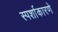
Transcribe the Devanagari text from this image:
स्पर्शाकारणे